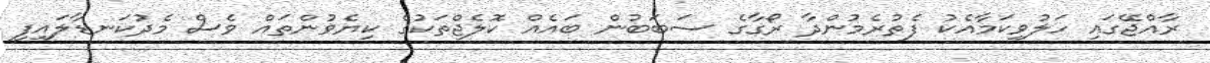
ރާއްޖޭގައި ހަލުވިކަމާއެކު ފެތުރެމުންދާ ރޯގާގެ ސަބަބުން ބައެއް ކޮލެޖްތަކުގެ ކިޔެވުންތައް ވެސް މެދުކަނޑާލައިފި